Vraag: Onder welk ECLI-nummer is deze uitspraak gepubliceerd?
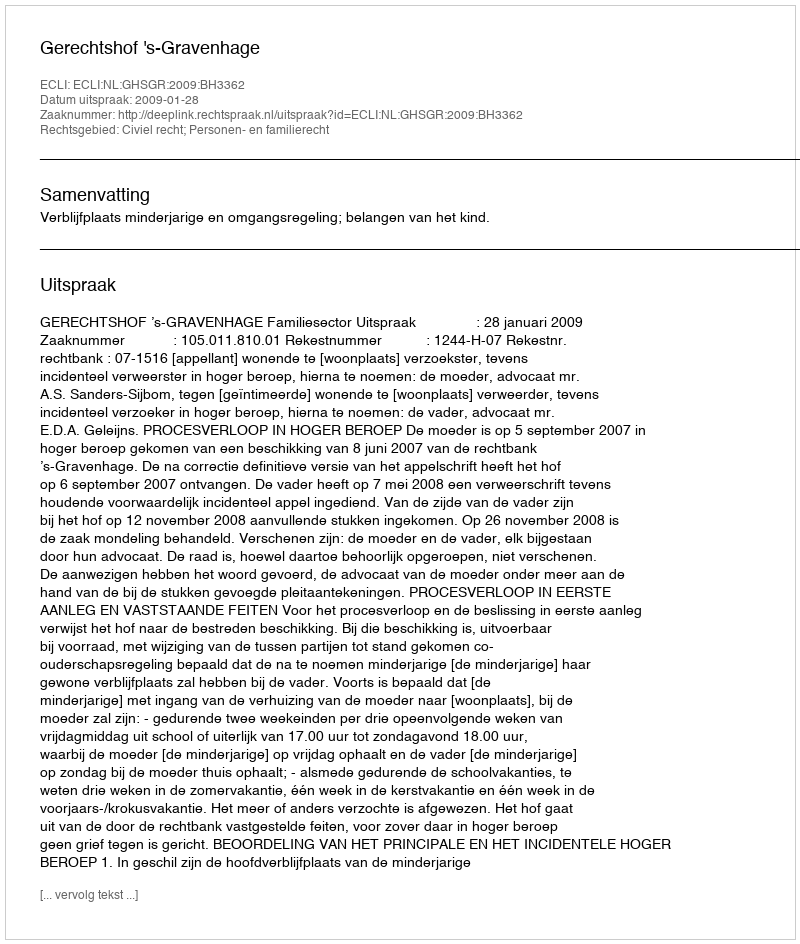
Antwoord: ECLI:NL:GHSGR:2009:BH3362